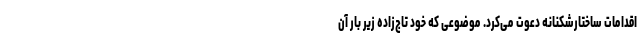
اقدامات ساختارشکنانه دعوت می‌کرد. موضوعی که خود تاج‌زاده زیر بار آن